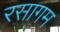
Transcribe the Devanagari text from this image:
रसागम